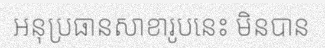
អនុប្រធានសាខារូបនេះ មិនបាន